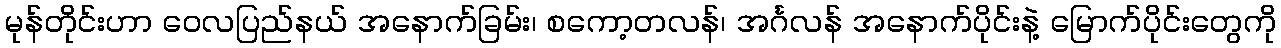
မုန်တိုင်းဟာ ဝေလပြည်နယ် အနောက်ခြမ်း၊ စကော့တလန်၊ အင်္ဂလန် အနောက်ပိုင်းနဲ့ မြောက်ပိုင်းတွေကို